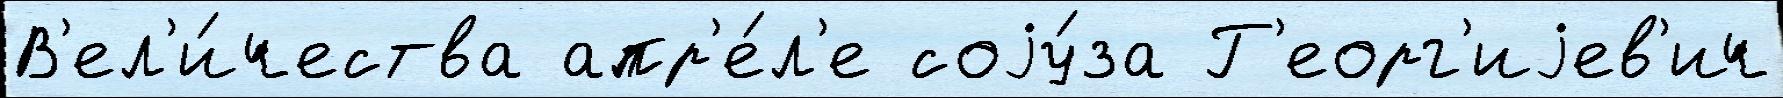
В'ел'и́чества апр'е́л'е соjу́за Г'еорг'иjев'ич